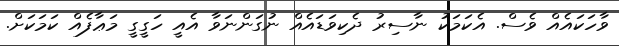
ވާހަކައެއް ވެސް. އެކަމަކު ނާސިރު ދެކިވަޑައެއް ނުގަންނަވާ އެއީ ހަގީގީ މަޢާފެއް ކަމަކަށް.